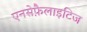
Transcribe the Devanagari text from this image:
एनसेफ़ैलाइटिज